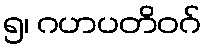
၅၊ ဂဟပတိဝဂ်